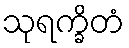
သုရက္ခိတံ